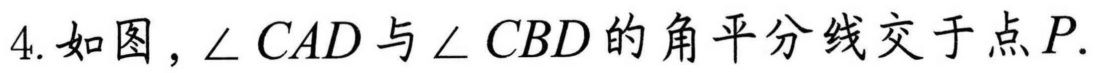
4. 如图，\(\angle CAD\)与\(\angle CBD\)的角平分线交于点\(P\).